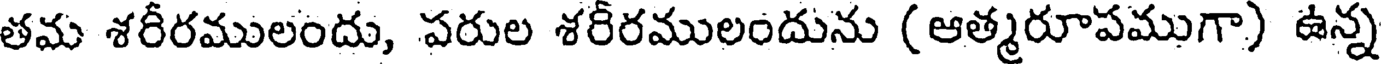
తమ శరీరములందు, పరుల శరీరములందును (ఆత్మరూపముగా) ఉన్న